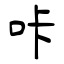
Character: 咔